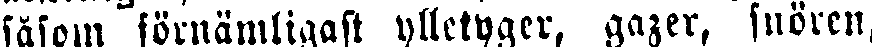
såsom förnämligast ylletyger, gazer, snören,